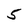
Character: 5